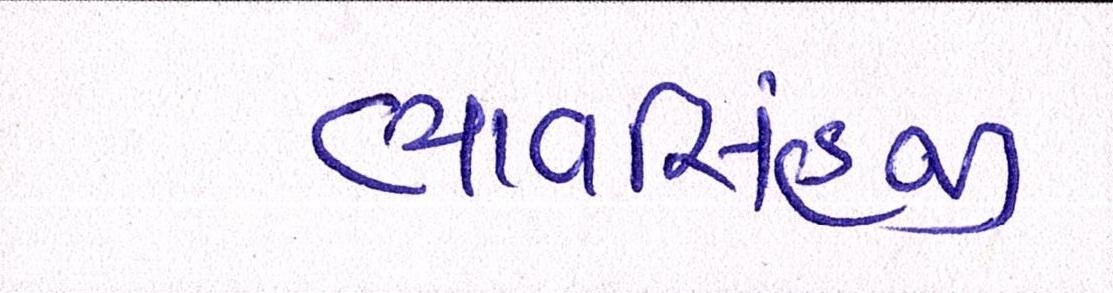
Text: ભાવસિંહજી